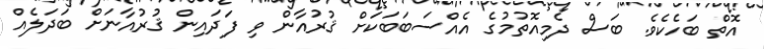
އޮތް ބަހެކެވެ. ބަސް ދެމިއޮތުމުގެ އެއްސަބަބަކަށް ޤުރުއާން ވި ފަދައިން ޤުރުއާނަށް ބަދަލެއް